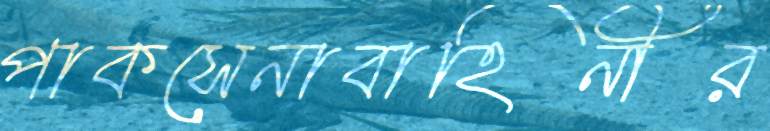
পাকসেনাবাহিনীর